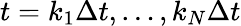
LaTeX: t=k_{1}\Delta t,\ldots,k_{N}\Delta t